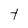
Character: t